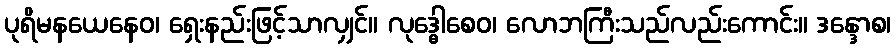
ပုရိမနယေနေဝ၊ ရှေးနည်းဖြင့်သာလျှင်။ လုဒ္ဓေါစေဝ၊ လောဘကြီးသည်လည်းကောင်း။ ဒန္ဒောစ၊